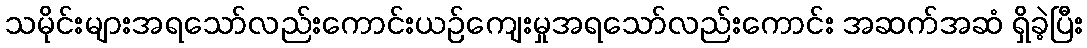
သမိုင်းများအရသော်လည်းကောင်းယဉ်ကျေးမှုအရသော်လည်းကောင်း အဆက်အဆံ ရှိခဲ့ပြီး